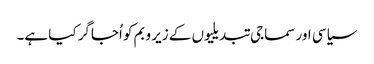
سیاسی اور سماجی تبدیلیوں کے زیر و بم کو اُجاگر کیا ہے۔